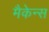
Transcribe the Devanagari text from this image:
मैकेन्स